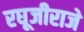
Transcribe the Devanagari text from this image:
रघूजीराजे